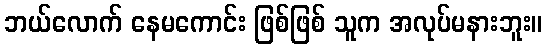
ဘယ်လောက် နေမကောင်း ဖြစ်ဖြစ် သူက အလုပ်မနားဘူး။